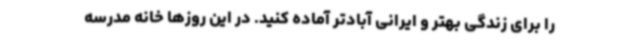
را برای زندگی بهتر و ایرانی آبادتر آماده کنید. در این روزها خانه مدرسه